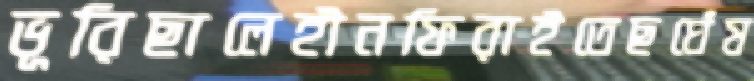
ভূরিছালেহীনফিরাইতেছঘেঁষ